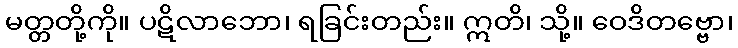
မတ္တတို့ကို။ ပဋိလာဘော၊ ရခြင်းတည်း။ ဣတိ၊ သို့။ ဝေဒိတဗ္ဗော၊